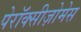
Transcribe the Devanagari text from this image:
पेरॉक्सीज़ोमेस